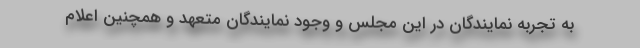
به تجربه نمایندگان در این مجلس و وجود نمایندگان متعهد و همچنین اعلام